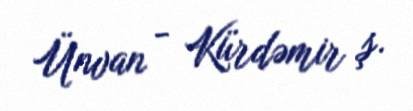
Ünvan - Kürdəmir ş.